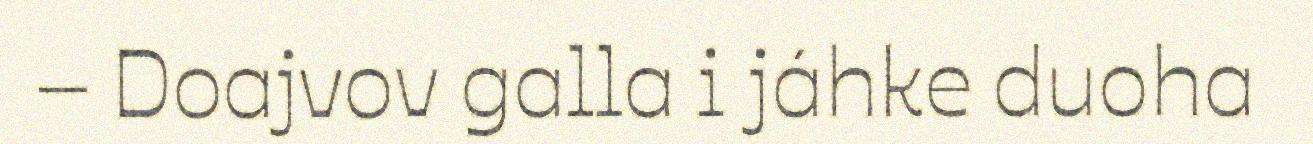
– Doajvov galla i jáhke duoha